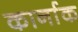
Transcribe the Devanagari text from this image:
कार्नाक